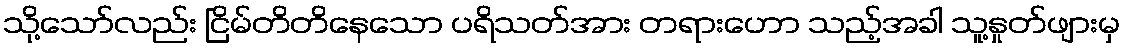
သို့သော်လည်း ငြိမ်တိတိနေသော ပရိသတ်အား တရားဟော သည့်အခါ သူ့နှုတ်ဖျားမှ